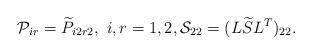
LaTeX: \begin{align*} {\cal{P}}_{ir} = \widetilde{P}_{i2r2}, \ i,r=1,2, {\cal{S}}_{22}=(L\widetilde{S}L^T)_{22}.\end{align*}